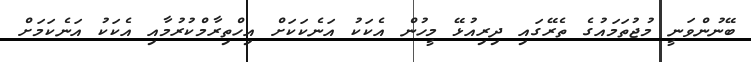
ބޭނުންވަނީ މުޖުތަމައުގެ ތެރޭގައި ދިރިއުޅޭ މީހުން އެކަކު އަނެކަކަށް އިހްތިރާމްކުރުމާއި އެކަކު އަނެކަމަށް